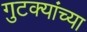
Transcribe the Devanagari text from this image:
गुटक्यांच्या